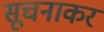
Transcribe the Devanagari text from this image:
सूचनाकर